Annual statistical returns and brief notes on vaccination in Bengal - 1896-1909
Year: 1896
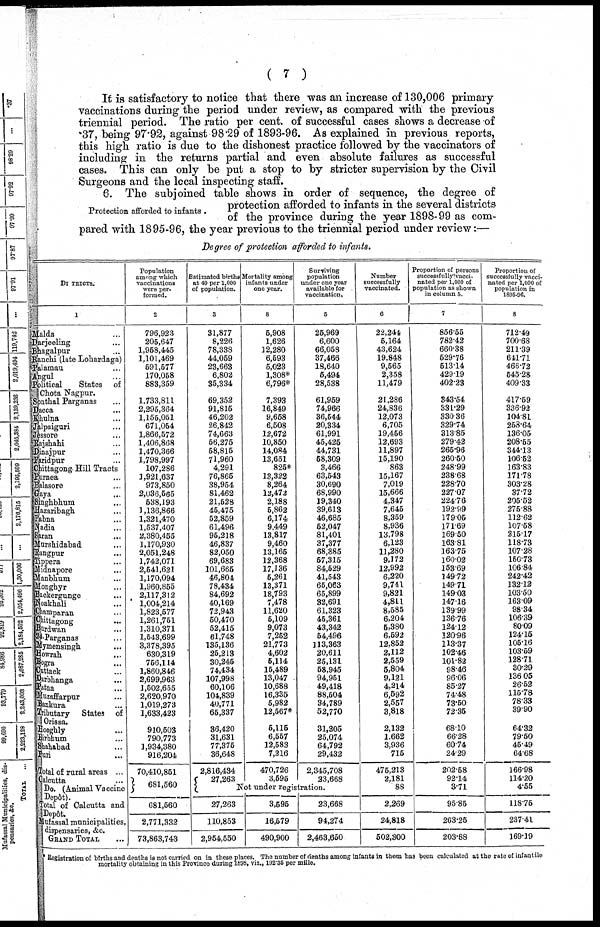
( 7 )
It is satisfactory to notice that there was an increase of 130,006 primary
vaccinations during the period under review, as compared with the previous
triennial period. The ratio per cent. of successful cases shows a decrease of
.37, being 97.92, against 98.29 of 1893-96. As explained in previous reports,
this high ratio is due to the dishonest practice followed by the vaccinators of
including in the returns partial and even absolute failures as successful
cases. This can only be put a stop to by stricter supervision by the Civil
Surgeons and the local inspecting staff.
Protection afforded to infants .
6. The subjoined table shows in order of sequence, the degree of
protection afforded to infants in the several districts
of the province during the year 1898-99 as com-
pared with 1895-96, the year previous to the triennial period under review:—
Degree of protection afforded to infants.
DISTRICTS.
1
Malda ...
Darjeeling ...
Bhagalpur ...
Ranchi (late Lohardaga)
Palamau ...
Angul ...
Political
States
of
Chota Nagpur.
Sonthal Parganas ...
Dacca ...
Khulna ...
Jalpaiguri ...
Jessore ...
Rajshahi ...
Dinajpur ...
Faridpur ...
Chittagong Hill Tracts
Purnea ...
Balasore ...
Gaya ...
Singbhum ...
Hazaribagh ...
Pabna ...
Nadia ...
Saran ...
Murshidabad ...
Rangpur ...
Tippera ...
Midnapore ...
Manbhum ...
Monghyr ...
Backergunge ...
Noakhali ...
Champaran ...
Chittagong ...
Burdwan ...
24-Parganas ...
Mymensingh ...
Howrah
...
Bogra ...
Cuttack ...
Darbhanga ...
Patna ...
Muzaffarpur ...
Bankura ...
Tributary
States of
Orissa.
Hooghly ...
Birbhum ...
Shahabad ...
Puri ...
Total of rural areas ...
Calcutta ...
Do. (Animal Vaccine
Dopôt).
Total of Calcutta and
Depôt.
Mufassal municipalities,
dispensaries, &c.
GRAND TOTAL ...
Population
among which
vaccinations
were per-
formed.
2
796,923
205,647
1,958,445
1,101,469
591,577
170,058
883,359
1,733,811
2,295,364
1,155,051
671,054
1,866,572
1,406,868
1,470,366
1,798,997
107,286
1,921,637
973,850
2,036,565
538,193
1 ,136,866
1,321,470
1,537,407
2,380,455
1,170,930
2,051,248
1,742,071
2,541,621
1,170,094
1,960,855
2,117,312
1,004,214
1,823,577
1,261,751
1,310,371
1,543,699
3,378,395
630,319
756,114
1,860,846
2,699,963
1,502,655
2,620,970
1,019,273
1,633,423
910,503
790,773
1,934,380
916,204
70,410,851
681,560
681,560
2,771,332
73,863,743
Estimated births
at 40 per 1,000
of population.
3
31,877
8,226
78,338
44,059
23,663
6,802
35,334
69,352
91,815
46,202
26,842
74,663
56,275
58,815
71,960
4,291
76,865
38,954
81,462
21,528
45,475
52,859
61,496
95,218
46,837
82,050
69,683
101,665
46,801
78,434
84,692
40,169
72,943
50,470
52,415
61,748
135,136
25,213
30,245
74,434
107,998
60,106
104,839
40,771
65,337
36,420
31,631
77,375
36,648
2,816,434
27,263
Mortality among
infants under
one year.
8
5,908
1,626
12,280
6,593
5,023
1,308*
6,796*
7,393
16,849
9,658
6,508
12,672
10,850
14,084
13,651
825*
13,322
8,264
12,472
2,188
5,862
6,174
9,449
13,817
9,460
13,165
12,368
17,136
5,261
13,371
18,793
7,478
11,620
5,109
9,073
7,252
21,773
4,602
5,114
15,489
13,047
10,688
16,335
5,982
12,567*
5,115
6,557
12,583
7,216
470,726
3,595
Surviving
population
under one year
available for
vaccination
5
25,969
6,600
66,058
37,466
18,640
5,494
28,538
61,959
74,966
36,544
20,334
61,991
45,425
44,731
58,309
3,466
63,543
30,690
68,990
19,340
39,613
46,685
52,047
81,401
37,377
68,885
57,315
84,529
41,543
65,063
65,899
32,691
61,323
45,361
43,342
54,496
113,363
20,611
25,131
58,945
94,951
49,418
88,504
34,789
52,770
31,305
25,074
64,792
29,432
2,345,708
23,668
Not under registration.
27,263
110,853
2,954,550
3,595
16,579
490,900
23,668
94,274
2,463,650
Number
successfully
vaccinated.
6
22,244
5,164
43,624
19,848
9,565
2,358
11,479
21,286
24,836
12,073
6,705
19,456
12,693
11,897
15,190
863
15,167
7,019
15,666
4,347
7,645
8,359
8,936
13,798
6,123
11,280
9,172
12,992
6,220
9,741
9,821
4,811
8,585
6,204
5,380
6,592
12,852
2,112
2,559
5,804
9,121
4,214
6,592
2,557
3,818
2,132
1,662
3,936
715
475,213
2,181
88
2,269
24,818
502,300
Proportion of persons
successfully vacci-
nated per 1,000 of
population as shown
in column 5.
7
856.55
782.42
660.38
529.76
513.14
429.19
402.23
343.54
331.29
330.36
329.74
313.85
279.42
265.96
260.50
248.99
238.68
228.70
227.07
224.76
192.99
179.05
171.69
169.50
163.81
163.75
160.02
153.69
149.72
149.71
149.03
147.16
139.99
136.76
124.12
120.96
113.37
102.46
101.82
98.46
96.06
85.27
74.48
73.50
72.35
68.10
66.28
60.74
24.29
202.58
92.14
3.71
95.85
263.25
203.88
Proportion of
successfully vacci-
nated per 1,000 of
population in
1895-96.
8
712.49
700.68
211.39
641.71
466.72
545.28
409.33
417.59
336.92
104.81
258.64
136.05
208.55
344.13
106.52
163.83
171.78
303.28
37.72
205.52
275.88
112.62
107.58
215.17
118.73
107.28
150.73
106.84
242.42
132.12
103.50
163.09
98.34
106.39
80.09
124.15
105.16
103.59
128.71
30.29
136.05
26.52
115.78
78.33
39.90
64.32
79.50
45.49
64.68
166.98
114.20
4.55
118.75
237.41
169.19
* Registration of births and deaths is not carried on in these places. The number of deaths among infants in them has been calculated at the rate of infantile
mortality obtaining in this Province during 1898, viz., 192.35 per mille.